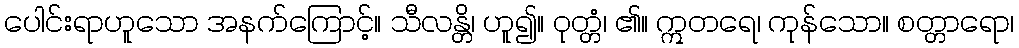
ပေါင်းရာဟူသော အနက်ကြောင့်။ သီလန္တိ၊ ဟူ၍။ ဝုတ္တံ၊ ၏။ ဣတရေ၊ ကုန်သော။ စတ္တာရော၊